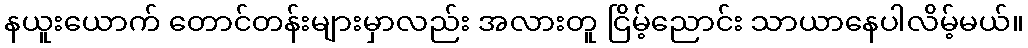
နယူးယောက် တောင်တန်းများမှာလည်း အလားတူ ငြိမ့်ညောင်း သာယာနေပါလိမ့်မယ်။